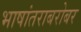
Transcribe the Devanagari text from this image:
भाषांतराबरोबर